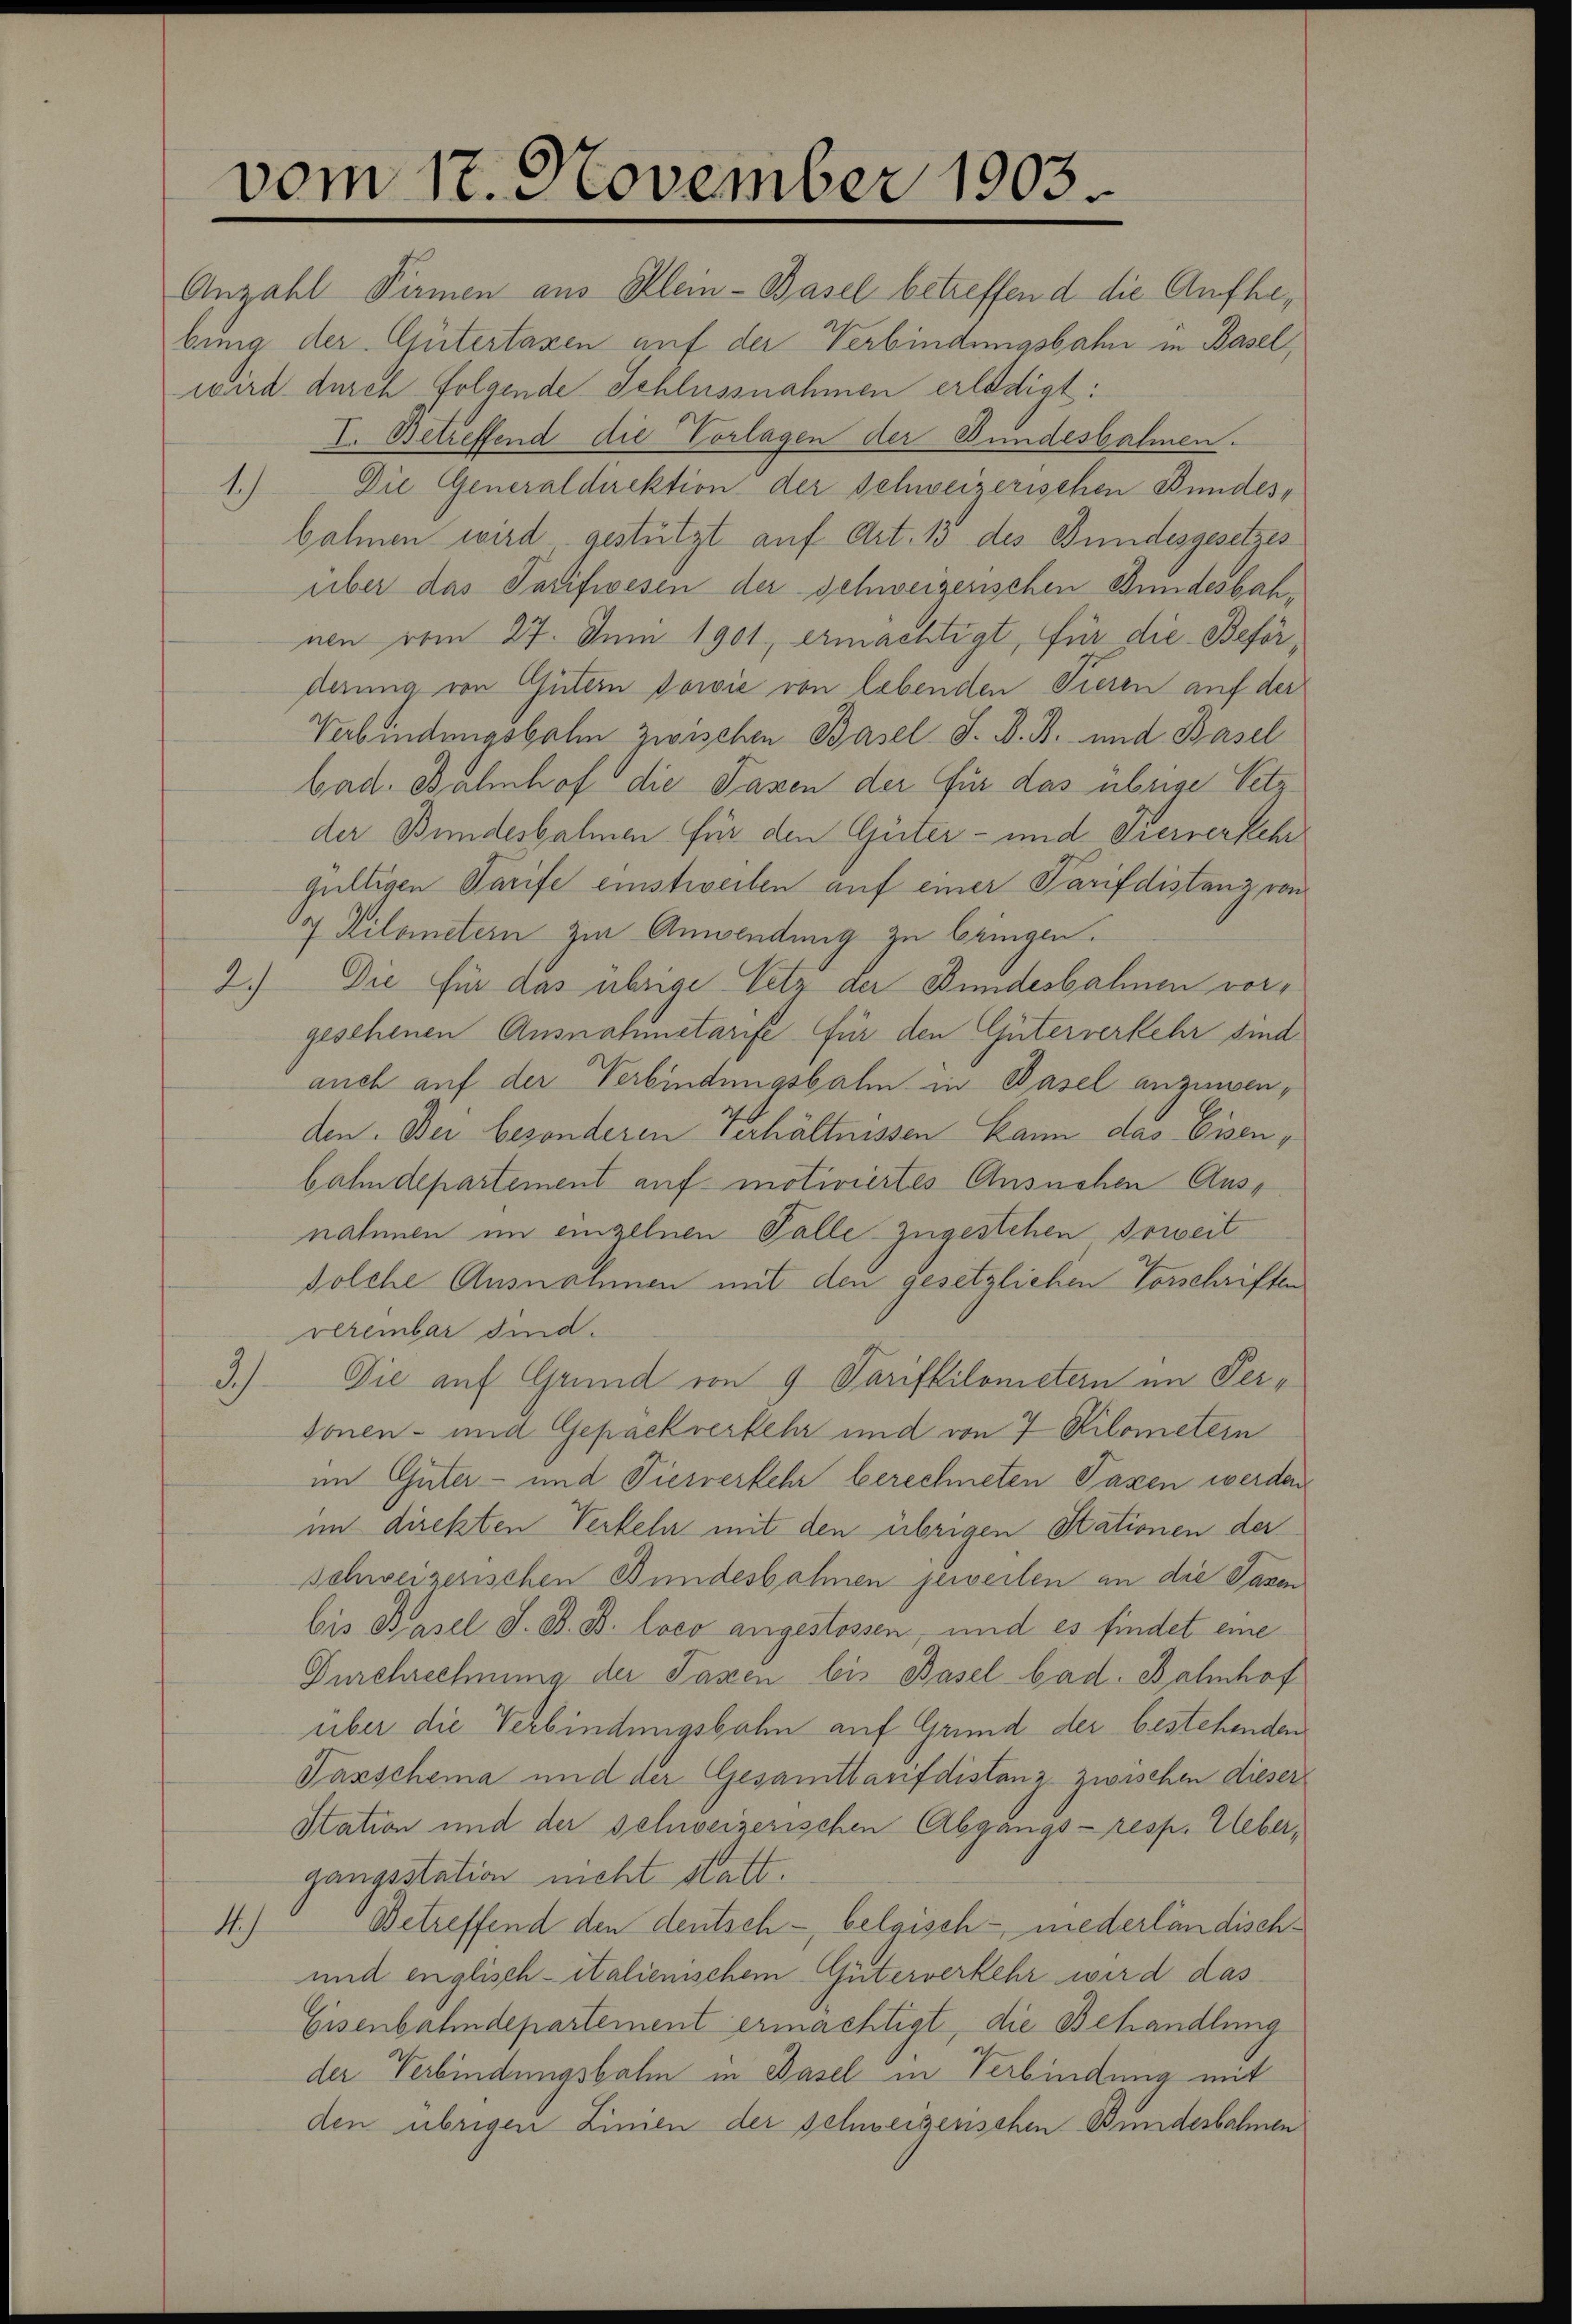
vom 17. November 1903.

Anzahl Pirmen aus Klein-Basel betreffend die Aufhebung der Gütertaxen auf der Verbindungsbahn in Basel,
wird durch folgende Schlussnahmen erledigt:
I. Betreffend die Vorlagen der Bundesbahnen.
1.) Die Generaldirektion der Schweizerischen Bundesbahnen wird gestützt auf Art. 13 des Bundesgesetzes
über das Tarifwesen der Schweizerischen Bundesbahnen vom 27. Juni 1901, ermächtigt, für die Beförderung von Gütern sowie von lebenden Tieren auf der
Verbindungsbahn zwischen Basel S. B. B. und Basel
bad. Bahnhof die Fassen der für das übrige Setz
der Bundesbahmen für den Güter- und Trennersehr
gültigen Tarife einstweiben auf einer Parifdistanz von
7 Kilometern zur Anwendung zu bringen.
2.) Die für das übrige Tetz der Bundesbahnen vorgesehenen Ausnahmetarife für den Güterverkehr sind
auch auf der Verbindungsbalm in Pasel anzusenden. Bei besonderen Verhältnissen kann das Eisenbahndepartement auf motiviertes Ansuchen Ausnahmen im einzelnen Falle zugestehen soweit
solche Ausnahmen mit den gesetzlichen Vorschriften
velembar sind.
3)
Die auf Grund von 9 Tarifkilometern im Perdonen- und Gepäckverkehr und von 7 Kilometern
im Güter- und Tierverkehr berechneten Taxen werden
im direkten Verkehr mit den übrigen Stationen der
schweizerischen Bundesbahnen jeweilen an die Sanen
bis Basel S. B. B. loco angestossen, und es findet eine
Durchrechnung der Taxen bis Basel bad. Bahnhof
über die Verbindungsbahn auf Grund der bestehenden
Vanschema und der Gesamttarifdistanz zwischen dieser
Station und der schweizerischen Abgangs- resp. Ueber,
gangsstation nicht statt.
Betreffend den deutsch - belgisch - niederländisch¬
1
und englisch-italienischem Güterverkehr wird das
Eisenbahndepartement ermächtigt, die Behandlung
der Verbindungsbahn in Basel in Verbindung mit
den übrigen Linien der schweizerischen Bundesbahnen